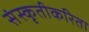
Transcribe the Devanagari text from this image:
संस्कृतीकरिता